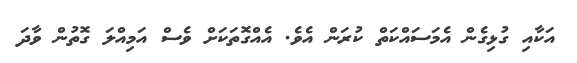
އަކާއި ގުޅިގެން އެމަސައްކަތް ކުރަން އެވެ. އެއްގޮތަކަށް ވެސް އަމިއްލަ ގޮތުން ވާދަ